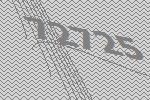
72725